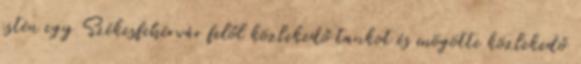
estén egy Székesfehérvár felől közlekedő tankot és mögötte közlekedő